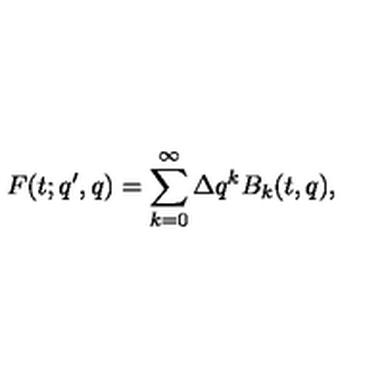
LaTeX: F ( t ; q ^ { \prime } , q ) = \sum _ { k = 0 } ^ { \infty } \Delta q ^ { k } B _ { k } ( t , q ) ,